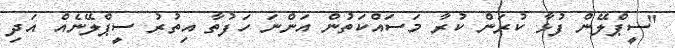
"ސީޕްލޭން ފުޅާ ކުރަން ކުރާ މަސައްކަތުން އަންނަ ހަފުތާ އިތުރު ސީޕްލޭނެއް އަދި